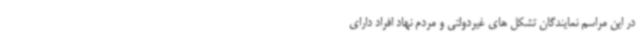
در این مراسم نمایندگان تشکل های غیردولتی و مردم نهاد افراد دارای